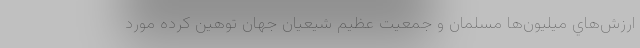
ارزش‌هاي ميليون‌ها مسلمان و جمعيت عظيم شيعيان جهان توهين كرده مورد